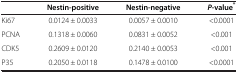
<table><thead><tr><td><b> </b></td><td><b>Nestin-positive</b></td><td><b>Nestin-negative</b></td><td><b><i>P</i>-value<sup>*</sup></b></td></tr></thead><tbody><tr><td>Ki67</td><td>0.0124 ± 0.0033</td><td>0.0057 ± 0.0010</td><td>&lt;0.0001</td></tr><tr><td>PCNA</td><td>0.1318 ± 0.0060</td><td>0.0831 ± 0.0052</td><td>&lt;0.001</td></tr><tr><td>CDK5</td><td>0.2609 ± 0.0120</td><td>0.2140 ± 0.0053</td><td>&lt;0.001</td></tr><tr><td>P35</td><td>0.2050 ± 0.0118</td><td>0.1478 ± 0.0100</td><td>&lt;0.0001</td></tr></tbody></table>